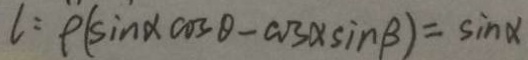
l : \rho ( \sin \alpha \cos \theta - \cos \alpha \sin \beta ) = \sin \alpha